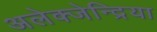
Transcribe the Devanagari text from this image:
अलेक्जेन्द्रिया